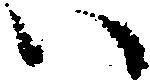
い